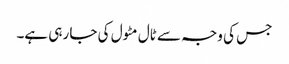
جس کی وجہ سے ٹال مٹول کی جا رہی ہے۔